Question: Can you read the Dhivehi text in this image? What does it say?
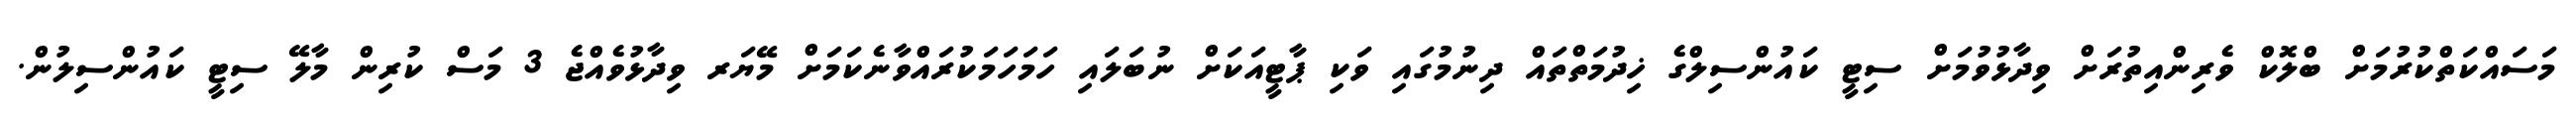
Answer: މަސައްކަތްކުރުމަށް ބްލޮކް ވެރިންއިތުރަށް ވިދާޅުވުމަށް ސިޓީ ކައުންސިލްގެ ޚިދުމަތްތައް ދިނުމުގައި ވަކި ޕާޓީއަކަށް ނުބަލައި ހަމަހަމަކުރައްވާނެކަމަށް މޭޔަރ ވިދާޅުވެއްޖެ 3 މަސް ކުރިން މާލޭ ސިޓީ ކައުންސިލުން.